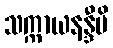
သက္ကာယနန္ဒီပိ